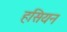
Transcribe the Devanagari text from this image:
हसियन